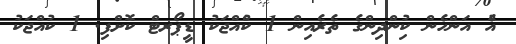
އެު އަންހެންް ކުިންދިންގެ ތެރެއިން 1 ކުްއްޖަކު ޑީޕޯރޓްް ކޮށްފި. 1 ކުުއްޖަކު